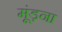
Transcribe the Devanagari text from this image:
मूंड़ना